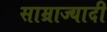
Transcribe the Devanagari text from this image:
साम्राज्यादी